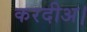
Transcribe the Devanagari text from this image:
करदीअ।